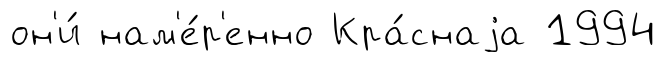
он'и́ нам'е́р'енно Кра́снаjа 1994